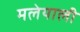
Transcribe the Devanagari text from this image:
मलेयाली